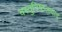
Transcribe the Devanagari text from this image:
वस्तुनिष्ठतावाद्